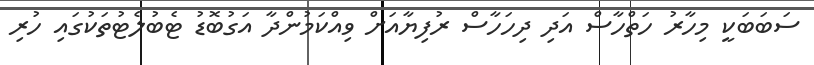
ސަބަބަކީ މިހާރު ހަތްހާސް އަދި ދިހަހާސް ރުފިޔާއަށް ވިއްކަމުންދާ އަގުބޮޑު ޓެބުލެޓުތަކުގައި ހުރި